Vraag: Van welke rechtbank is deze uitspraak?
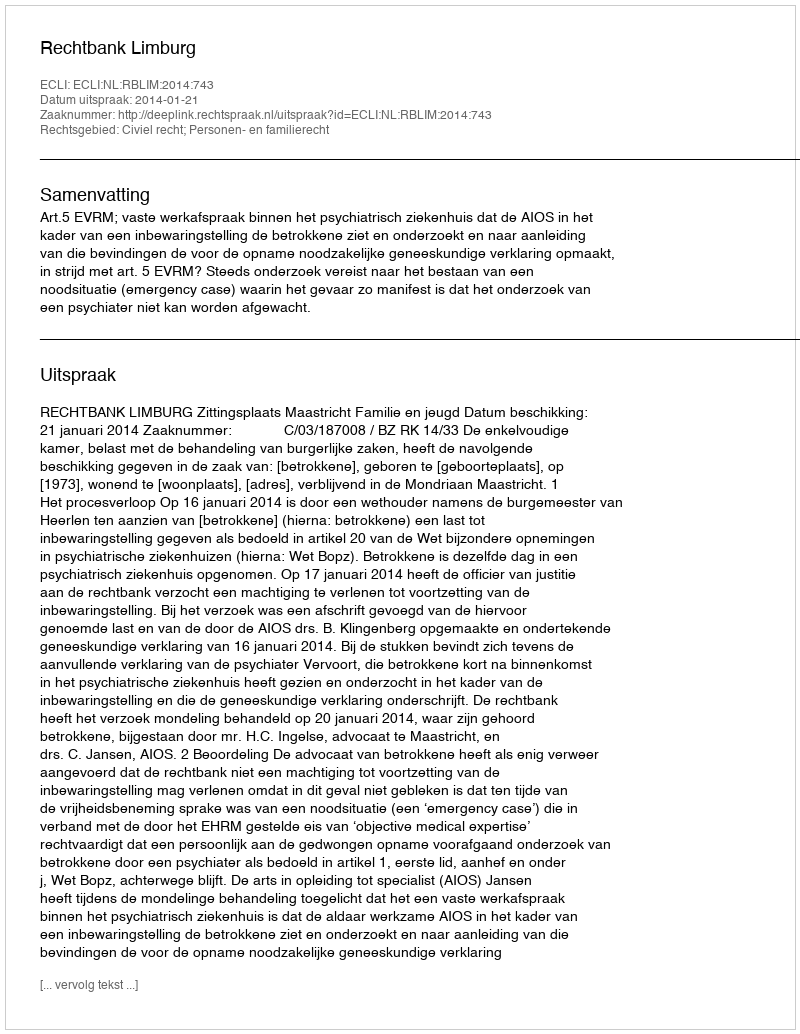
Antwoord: Rechtbank Limburg